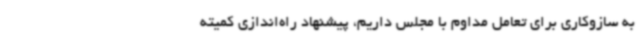
به سازوکاری برای تعامل مداوم با مجلس داریم، پیشنهاد راه‌اندازی کمیته